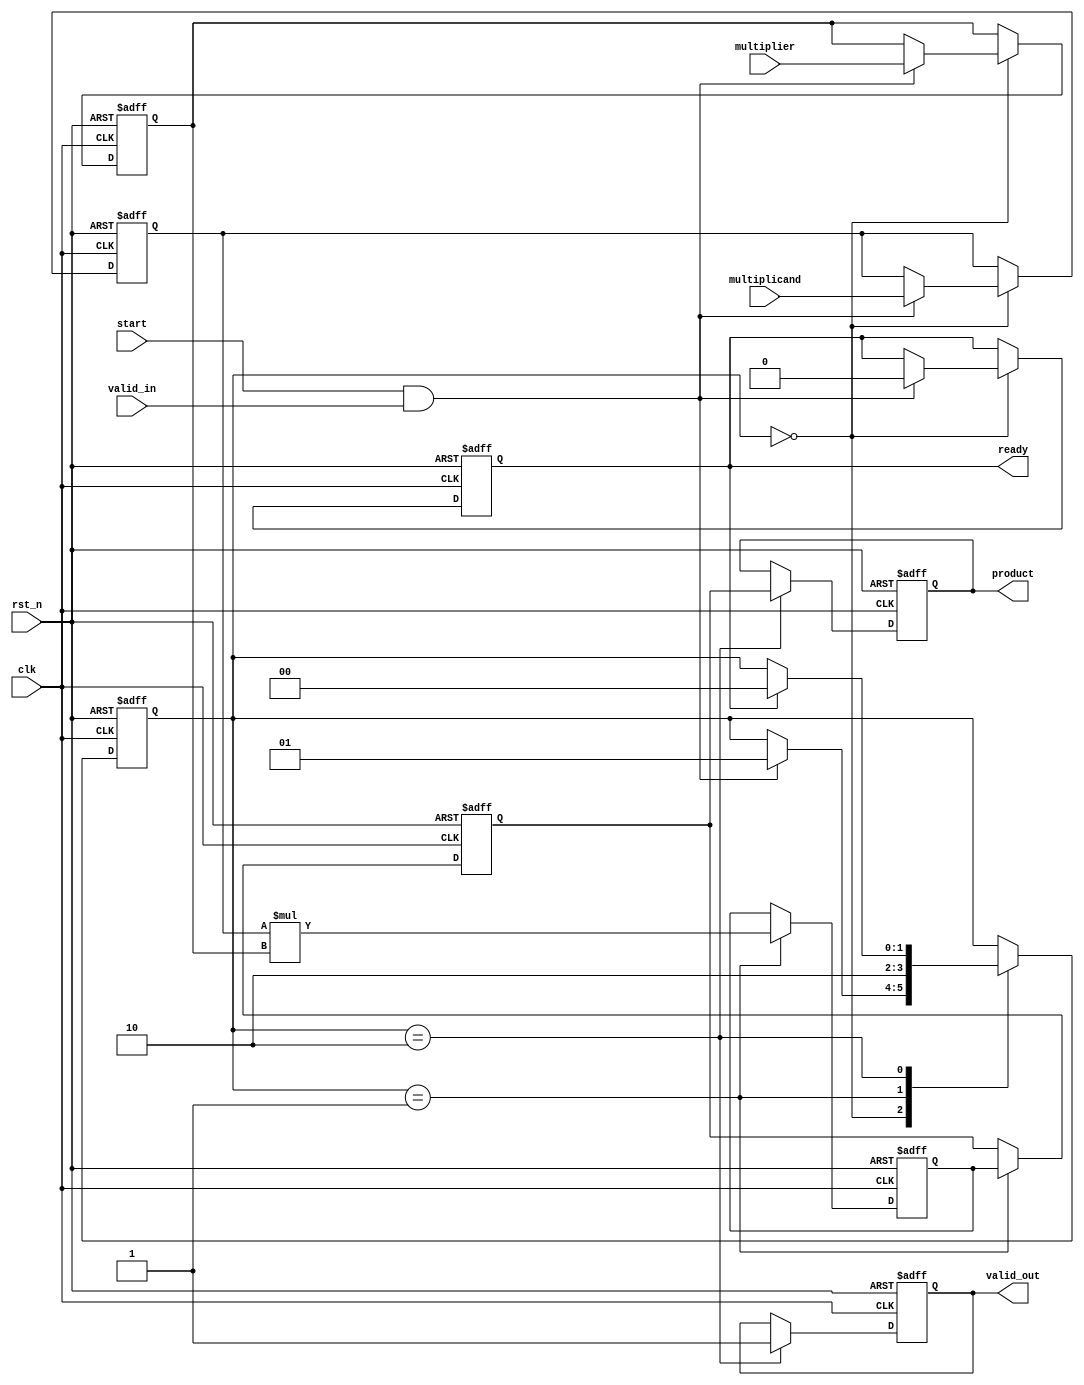
module streaming_multiplier #(
    parameter DATA_WIDTH = 16,  // Configurable bit-width for input operands
    parameter PIPELINE_DEPTH = 2 // Depth of the pipeline stages
)(
    input wire clk,
    input wire rst_n,
    
    // Input streams
    input wire [DATA_WIDTH-1:0] multiplicand,
    input wire [DATA_WIDTH-1:0] multiplier,
    input wire valid_in,
    
    // Control signals
    input wire start,
    output reg ready,
    
    // Output stream
    output reg [2*DATA_WIDTH-1:0] product,
    output reg valid_out
);

    // Internal signals for pipeline stages
    reg [DATA_WIDTH-1:0] multiplicand_reg [0:PIPELINE_DEPTH-1];
    reg [DATA_WIDTH-1:0] multiplier_reg [0:PIPELINE_DEPTH-1];
    reg [2*DATA_WIDTH-1:0] partial_product [0:PIPELINE_DEPTH-1];
    
    // State management
    reg [1:0] state;
    localparam IDLE = 2'b00, PROCESS = 2'b01, OUTPUT = 2'b10;

    // Pipelined multiplication logic
    integer i;
    always @(posedge clk or negedge rst_n) begin
        if (!rst_n) begin
            // Reset all registers and outputs
            ready <= 1'b1;
            valid_out <= 1'b0;
            product <= 0;
            for (i = 0; i < PIPELINE_DEPTH; i = i + 1) begin
                multiplicand_reg[i] <= 0;
                multiplier_reg[i] <= 0;
                partial_product[i] <= 0;
            end
            state <= IDLE;
        end else begin
            case (state)
                IDLE: begin
                    if (start && valid_in) begin
                        // Load inputs into pipeline
                        multiplicand_reg[0] <= multiplicand;
                        multiplier_reg[0] <= multiplier;
                        ready <= 1'b0; // Not ready while processing
                        state <= PROCESS;
                    end
                end
                
                PROCESS: begin
                    // Perform multiplication in a pipelined manner
                    for (i = PIPELINE_DEPTH - 1; i > 0; i = i - 1) begin
                        multiplicand_reg[i] <= multiplicand_reg[i-1];
                        multiplier_reg[i] <= multiplier_reg[i-1];
                        partial_product[i] <= partial_product[i-1];
                    end
                    
                    // Calculate partial product for the first stage
                    partial_product[0] <= multiplicand_reg[0] * multiplier_reg[0];
                    
                    // Move to OUTPUT state after processing
                    state <= OUTPUT;
                end
                
                OUTPUT: begin
                    // Output the product after the last multiplication
                    product <= partial_product[PIPELINE_DEPTH-1];
                    valid_out <= 1'b1; // Indicate valid output
                    
                    // Prepare for next operation
                    if (ready) begin
                        state <= IDLE; // Go back to idle if ready
                    end
                end
            endcase
        end
    end

endmodule